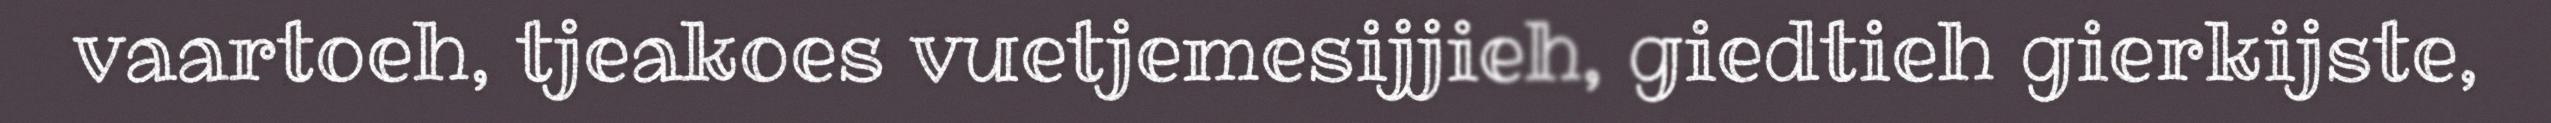
vaartoeh, tjeakoes vuetjemesijjieh, giedtieh gierkijste,